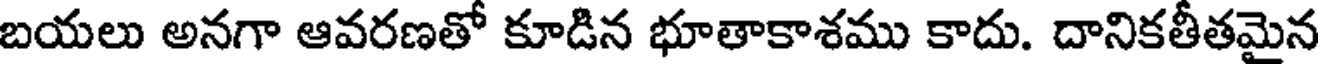
బయలు అనగా ఆవరణతో కూడిన భూతాకాశము కాదు. దానికతీతమైన